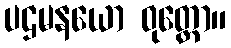
ပဌမနယော ဝုတ္တော။